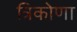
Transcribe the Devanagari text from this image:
त्रिकोणा